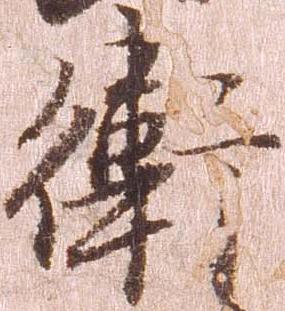
衛